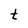
Character: t